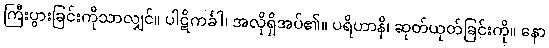
ကြီးပွားခြင်းကိုသာလျှင်။ ပါဋိကင်္ခါ၊ အလိုရှိအပ်၏။ ပရိဟာနိ၊ ဆုတ်ယုတ်ခြင်းကို။ နော